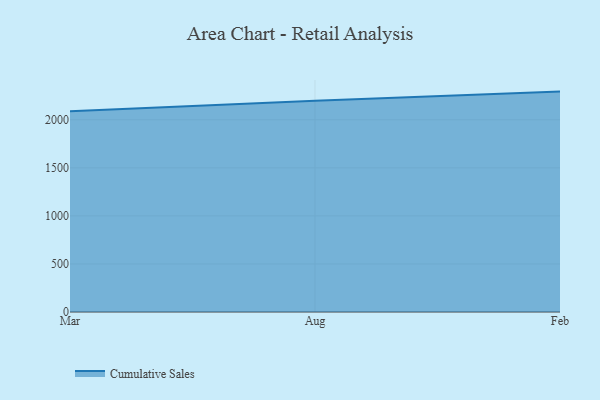
{"axis": {"x": "Month", "y": "Energy Usage (MWh)"}, "legend": ["Cumulative Sales"], "data": [{"x": "Mar", "y": 2088.8, "type": "Cumulative Sales"}, {"x": "Aug", "y": 2198.8, "type": "Cumulative Sales"}, {"x": "Feb", "y": 2293.2, "type": "Cumulative Sales"}]}